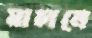
মাচানে